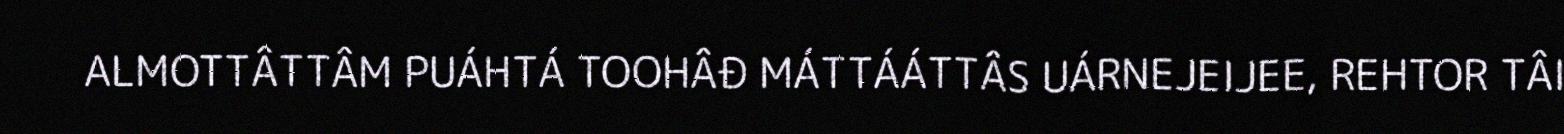
ALMOTTÂTTÂM PUÁHTÁ TOOHÂĐ MÁTTÁÁTTÂS UÁRNEJEIJEE, REHTOR TÂI